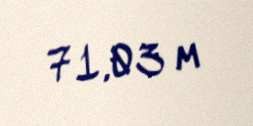
71,03 m